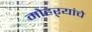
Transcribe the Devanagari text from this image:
मोहऱ्यांचे